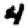
Digit: 4